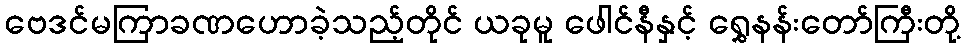
ဗေဒင်မကြာခဏဟောခဲ့သည့်တိုင် ယခုမူ ဖေါင်နီနှင့် ရွှေနန်းတော်ကြီးတို့